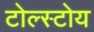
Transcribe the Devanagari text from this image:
टोल्स्टोय